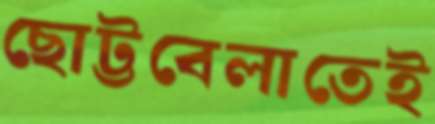
ছোট্টবেলাতেই